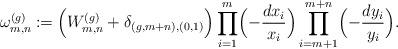
LaTeX: \begin{align*}\omega^{(g)}_{m,n}\coloneqq \Bigl(W^{(g)}_{m,n}+\delta_{(g,m+n),(0,1)}\Bigr) \prod_{i=1}^m \Bigl(-\frac{dx_i}{x_i}\Bigr)\prod_{i=m+1}^{m+n} \Bigl(-\frac{dy_i}{y_i}\Bigr).\end{align*}